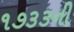
૧૭૩૩ની